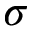
\sigma